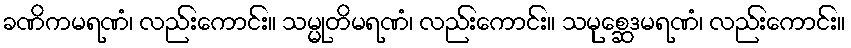
ခဏိကမရဏံ၊ လည်းကောင်း။ သမ္မုတိမရဏံ၊ လည်းကောင်း။ သမုစ္ဆေဒမရဏံ၊ လည်းကောင်း။